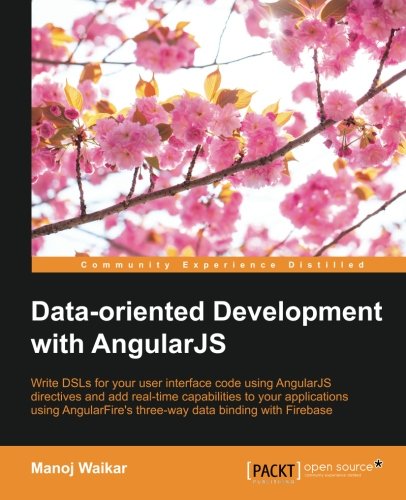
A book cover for Data-oriented Development with Angularjs; Manoj Waikar; Computers & Technology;